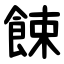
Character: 餗